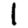
Digit: 1